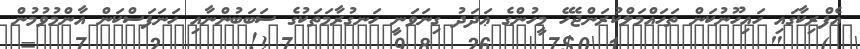
އެފްރިކާގައި ހައިހޫނުކަން ތަހައްމަލްކުރަންޖެހޭ މީހުންގެ ޢަދަދު ގިނަވަނީ ހަނގުރާމަތަކުގެ ސަބަބުންނާއި ހަނަފަސްކަން އާންމުވުމުން